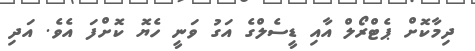
ދިމާކޮށް ޕެޓްރޯލް އާއި ޑީސެލްގެ އަގު ވަނީ ހެޔޮ ކޮށްފަ އެވެ. އަދި